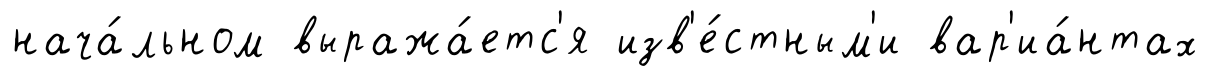
нача́льном выража́етс'я изв'е́стным'и вар'иа́нтах